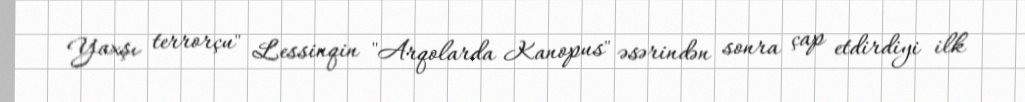
Yaxşı terrorçu" Lessinqin "Arqolarda Kanopus" əsərindən sonra çap etdirdiyi ilk